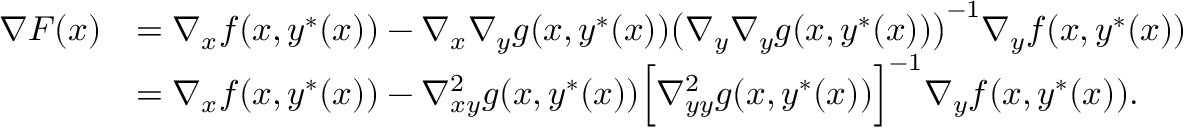
\begin{array} { r l } { \nabla F ( x ) } & { = \nabla _ { x } f ( x , y ^ { * } ( x ) ) - \nabla _ { x } \nabla _ { y } g ( x , y ^ { * } ( x ) ) \big ( \nabla _ { y } \nabla _ { y } g ( x , y ^ { * } ( x ) ) \big ) ^ { - 1 } \nabla _ { y } f ( x , y ^ { * } ( x ) ) } \\ & { = \nabla _ { x } f ( x , y ^ { * } ( x ) ) - \nabla _ { x y } ^ { 2 } g ( x , y ^ { * } ( x ) ) \Big [ \nabla _ { y y } ^ { 2 } g ( x , y ^ { * } ( x ) ) \Big ] ^ { - 1 } \nabla _ { y } f ( x , y ^ { * } ( x ) ) . } \end{array}